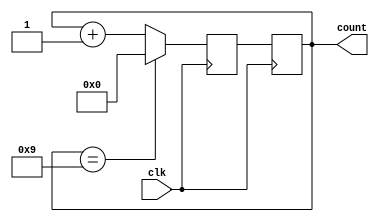
module Decade_Counter(
    input wire clk,  // Clock input
    output reg [3:0] count  // 4-bit output representing the decimal count from 0 to 9
);

reg [3:0] next_count;

always@(posedge clk) begin
    if(count == 4'd9) begin
        next_count <= 4'd0;  // Reset count to 0 when reaching 9
    end else begin
        next_count <= count + 1;  // Increment count by 1
    end
end

always@(posedge clk) begin
    count <= next_count;  // Update count on each clock cycle
end

endmodule